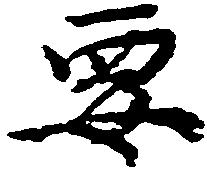
要